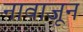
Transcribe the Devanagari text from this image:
नावाजून